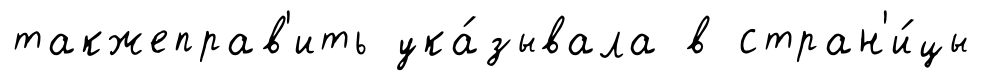
такжеправ'ить ука́зывала в стран'и́цы